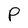
Character: P